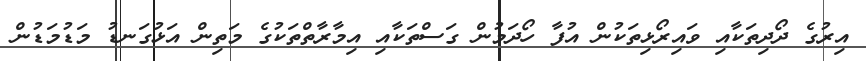
އިރުގެ ދޯދިތަކާއި ވައިރޯޅިތަކުން އުފާ ހޯދަމުން ގަސްތަކާއި އިމާރާތްތަކުގެ މަތިން އަޅުގަނޑު މަޑުމަޑުން